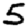
Digit: 5